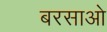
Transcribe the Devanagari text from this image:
बरसाओ